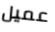
عميل